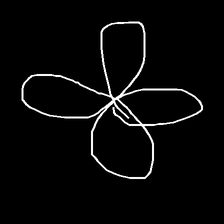
Glyph: billowing